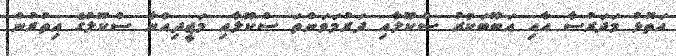
އަތޮޅު މަދަރުސާ އާއި އަބޫބަކުރު ސްކޫލާއި ދަރުމަވަންތަ ސްކޫލާއި މަޖީދިއްޔާ ސްކޫލުގެ އިތުރުން